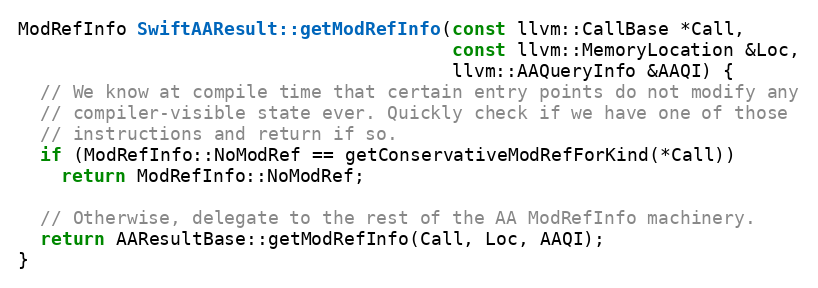
Language: C++
ModRefInfo SwiftAAResult::getModRefInfo(const llvm::CallBase *Call,
                                        const llvm::MemoryLocation &Loc,
                                        llvm::AAQueryInfo &AAQI) {
  // We know at compile time that certain entry points do not modify any
  // compiler-visible state ever. Quickly check if we have one of those
  // instructions and return if so.
  if (ModRefInfo::NoModRef == getConservativeModRefForKind(*Call))
    return ModRefInfo::NoModRef;

  // Otherwise, delegate to the rest of the AA ModRefInfo machinery.
  return AAResultBase::getModRefInfo(Call, Loc, AAQI);
}